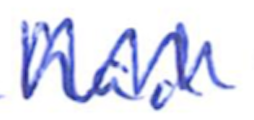
Text: had
Cross-out: zig-zag
Writing tool: ballpoint